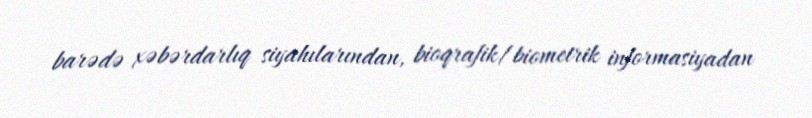
barədə xəbərdarlıq siyahılarından, bioqrafik/biometrik informasiyadan